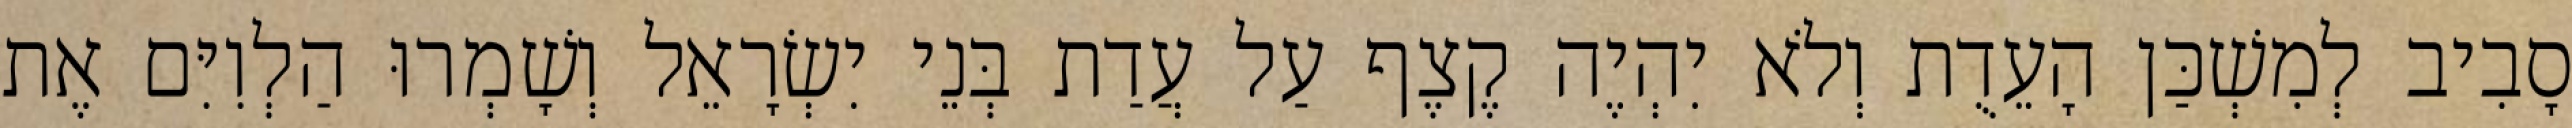
סָבִיב לְמִשְׁכַּן הָעֵדֻת וְלֹא יִהְיֶה קֶצֶף עַל עֲדַת בְּנֵי יִשְׂרָאֵל וְשָׁמְרוּ הַלְוִיִּם אֶת